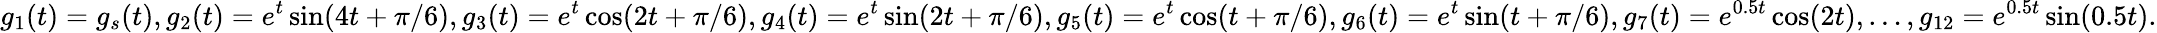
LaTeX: g_{1}(t)=g_{s}(t),g_{2}(t)=e^{t}\sin(4t+\pi/6),g_{3}(t)=e^{t}\cos(2t+\pi/6),g_{4}(t)=e^{t}\sin(2t+\pi/6),g_{5}(t)=e^{t}\cos(t+\pi/6),g_{6}(t)=e^{t}\sin(t+\pi/6),g_{7}(t)=e^{0.5t}\cos(2t),\ldots,g_{12}=e^{0.5t}\sin(0.5t).